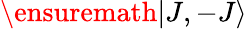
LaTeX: \ensuremath{\left|J,-J\right\rangle}